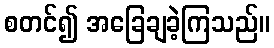
စတင်၍ အခြေချခဲ့ကြသည်။